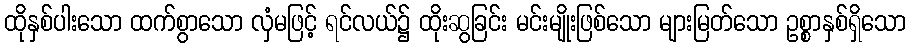
ထိုနှစ်ပါးသော ထက်စွာသော လှံမဖြင့် ရင်လယ်၌ ထိုးဆွခြင်း မင်းမျိုးဖြစ်သော များမြတ်သော ဥစ္စာနှစ်ရှိသော